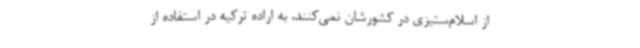
از اسلام‌ستیزی در کشورشان نمی‌کنند، به اراده ترکیه در استفاده از